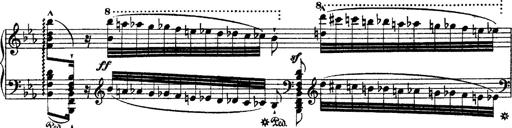
Title: Ã‰tudes d'exÃ©cution transcendante d'aprÃ¨s Paganini
Composer: Franz Liszt